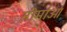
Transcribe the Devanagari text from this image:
सीमा॑ओं